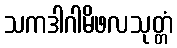
သကဒါဂါမိဖလသုတ္တံ